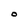
Character: O